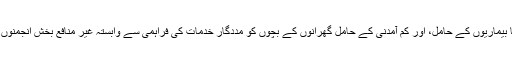
اب اپنے پانچویں سال میں داخل ہونے والا پروگرام خصوصی ضروریات یا بیماریوں کے حامل، اور کم آمدنی کے حامل گھرانوں کے بچوں کو مددگار خدمات کی فراہمی سے وابستہ غیر منافع بخش انجمنوں کے لیے کرسمس سیزن کی روح کو پھیلانے کی روایت جاری رکھتا ہے۔